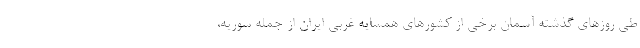
طی روزهای گذشته آسمان برخی از کشورهای همسایه غربی ایران از جمله سوریه،